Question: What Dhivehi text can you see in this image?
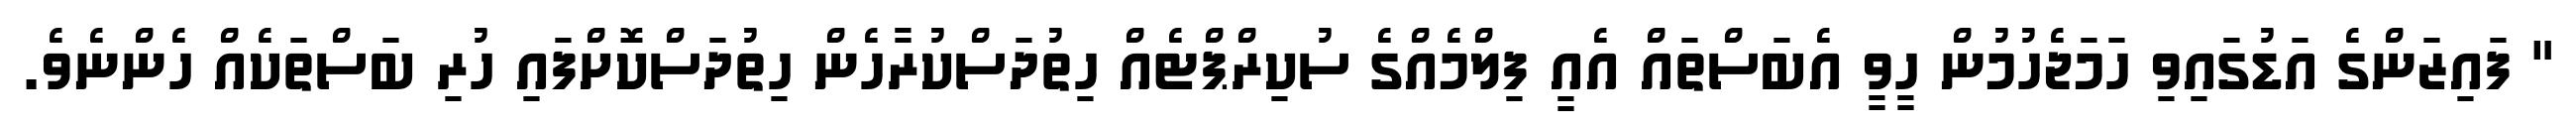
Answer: " ފައިޒަންގެ އަޑުގައިވި ހަމަޖެހުމުން ހީވީ އެބަސްތައް އެއީ ފިލްމެއްގެ ސުކިރްޕްޓެއް ހިތުދަސްކުރާހެން ހިތުދަސްކޮށްފައި ހުރި ބަސްތަކެއް ހެންނެވެ.